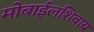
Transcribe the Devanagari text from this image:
मोबाईलशिवाय